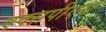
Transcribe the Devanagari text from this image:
एक्सपीएस